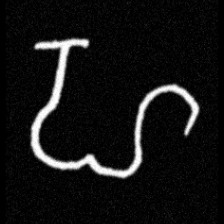
Pyu character \u2014 Myanmar letter: ဟ (romanized: ha)